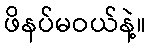
ဖိနပ်မဝယ်နဲ့။